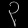
Digit: ၃